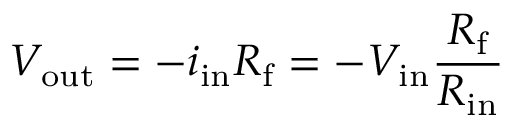
V _ { \mathrm { o u t } } = - i _ { \mathrm { i n } } R _ { \mathrm { f } } = - V _ { \mathrm { i n } } { \frac { R _ { \mathrm { f } } } { R _ { \mathrm { i n } } } }